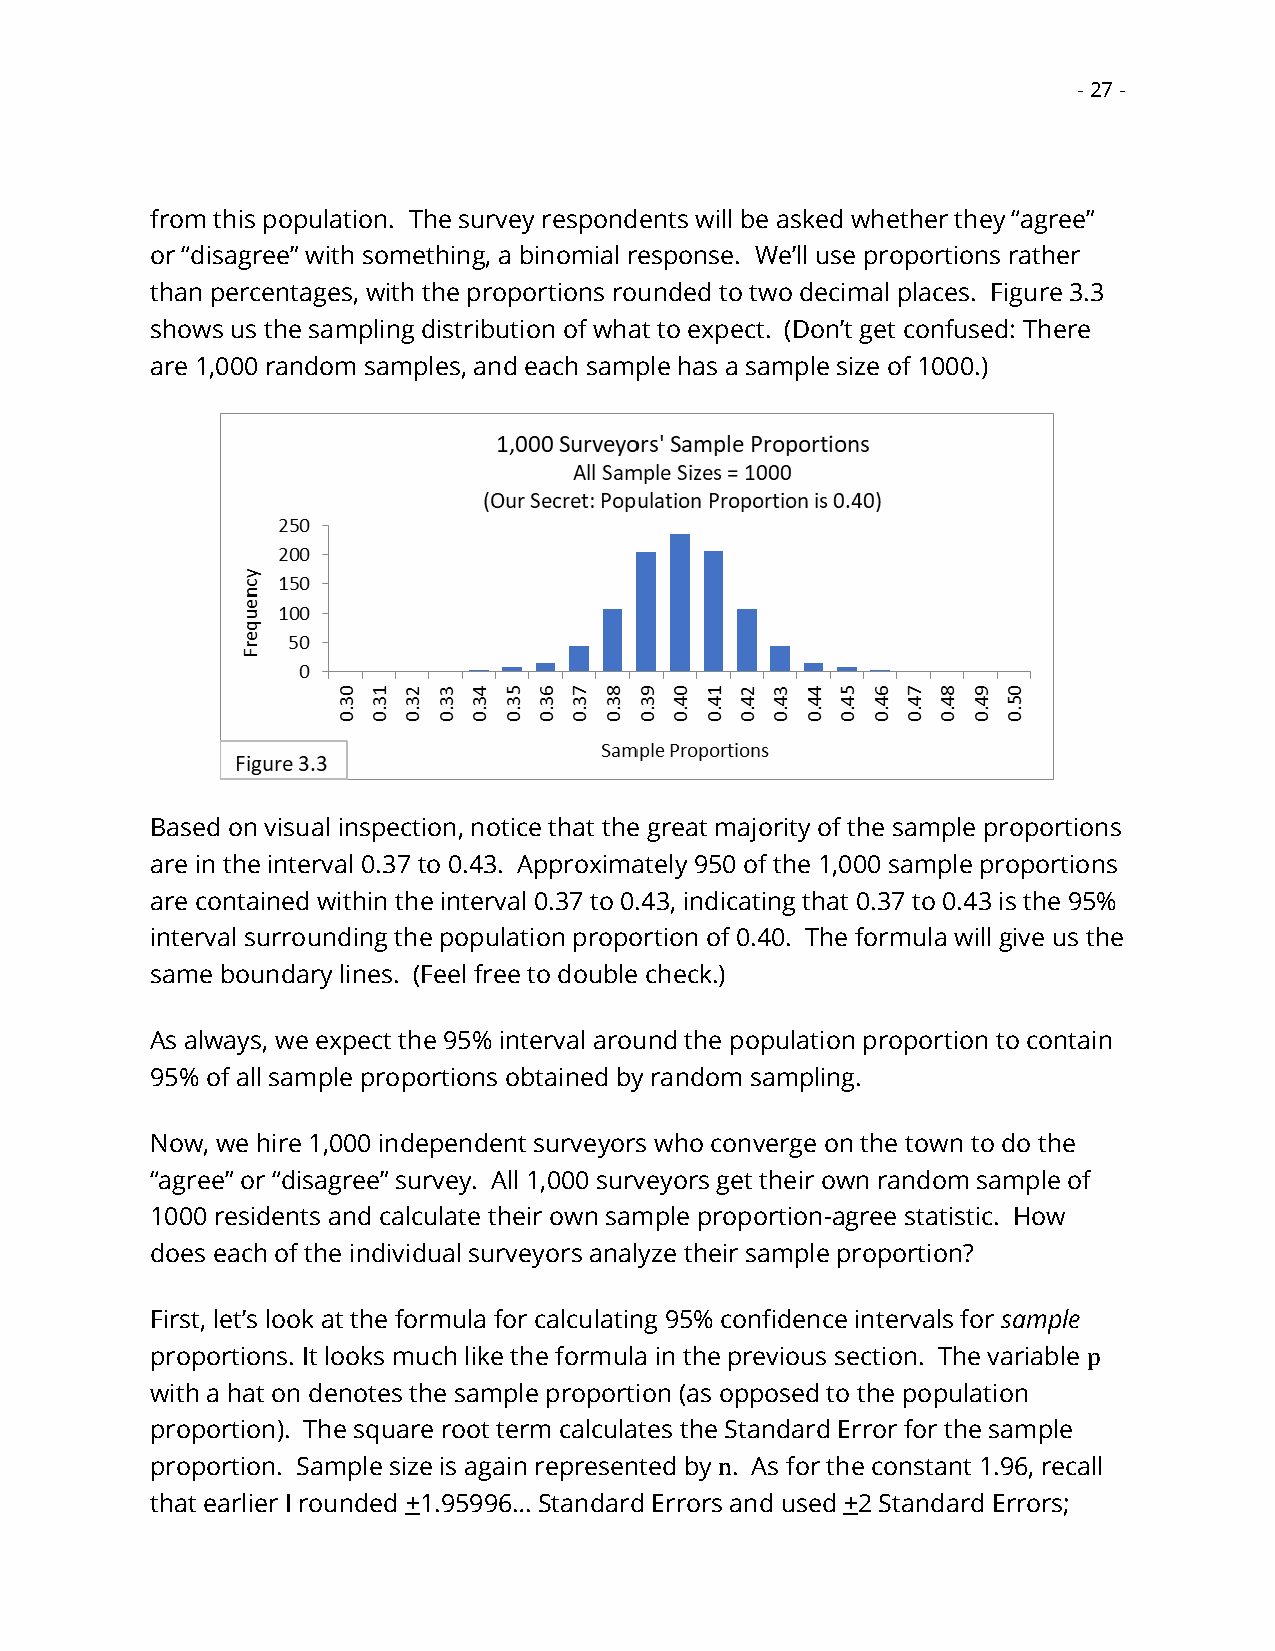
- 27 -
 from this population. The survey respondents will be asked whether they “agree”
 or “disagree” with something, a binomial response. We’ll use proportions rather
 than percentages, with the proportions rounded to two decimal places. Figure 3.3
 shows us the sampling distribution of what to expect. (Don’t get confused: There
 are 1,000 random samples, and each sample has a sample size of 1000.)
 Based on visual inspection, notice that the great majority of the sample proportions
 are in the interval 0.37 to 0.43. Approximately 950 of the 1,000 sample proportions
 are contained within the interval 0.37 to 0.43, indicating that 0.37 to 0.43 is the 95%
 interval surrounding the population proportion of 0.40. The formula will give us the
 same boundary lines. (Feel free to double check.)
 As always, we expect the 95% interval around the population proportion to contain
 95% of all sample proportions obtained by random sampling.
 Now, we hire 1,000 independent surveyors who converge on the town to do the
 “agree” or “disagree” survey. All 1,000 surveyors get their own random sample of
 1000 residents and calculate their own sample proportion-agree statistic. How
 does each of the individual surveyors analyze their sample proportion?
 First, let’s look at the formula for calculating 95% confidence intervals for sample
 proportions. It looks much like the formula in the previous section. The variable p
 with a hat on denotes the sample proportion (as opposed to the population
 proportion). The square root term calculates the Standard Error for the sample
 proportion. Sample size is again represented by n. As for the constant 1.96, recall
 that earlier I rounded +1.95996… Standard Errors and used +2 Standard Errors;